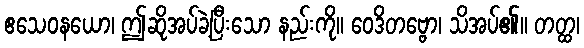
ဧသေဝနယော၊ ဤဆိုအပ်ခဲ့ပြီးသော နည်းကို။ ဝေဒိတဗ္ဗော၊ သိအပ်၏။ တတ္ထ၊